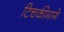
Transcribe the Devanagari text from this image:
टिचकीमागे